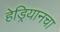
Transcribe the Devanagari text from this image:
हेड्रियानचा